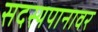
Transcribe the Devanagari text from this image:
सदस्यपानावर